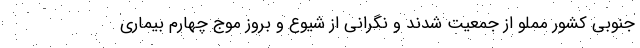
جنوبی کشور مملو از جمعیت شدند و نگرانی از شیوع و بروز موج چهارم بیماری